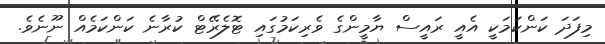
މިފަދަ ކަންކަމަކީ އެއީ ރައީސް ޔާމީންގެ ވެރިކަމުގައި ޓޮލެރޭޓް ކުރާނެ ކަންކަމެެއް ނޫނެވެ.